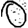
Digit: 0